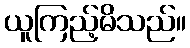
ယူကြည့်မိသည်။